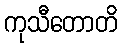
ကုသီတောတိ